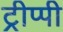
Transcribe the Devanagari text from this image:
ट्रीप्पी